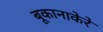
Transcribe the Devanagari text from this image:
बूकानाकेरे